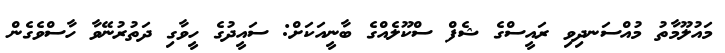
މައުލޫމާތު މުއްސަނދިވި ރައީސްގެ ޝެފް ސްކޫލެއްގެ ބާނީއަކަށް: ސައީދުގެ ހީވާގި ދަތުރުނޭވާ ހާސްވެގެން